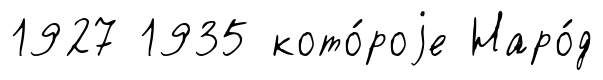
1927 1935 кото́роjе Наро́д